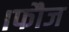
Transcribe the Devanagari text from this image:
।फौज